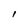
Character: l